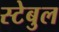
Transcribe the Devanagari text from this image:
स्टेबुल